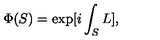
\Phi ( S ) = \exp [ i \int _ { S } L ] ,